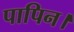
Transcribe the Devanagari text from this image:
पापिन।